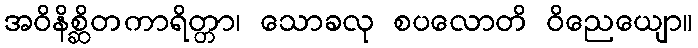
အဝိနိစ္ဆိတကာရိတ္တာ၊ သောခလု စပလောတိ ဝိညေယျော။